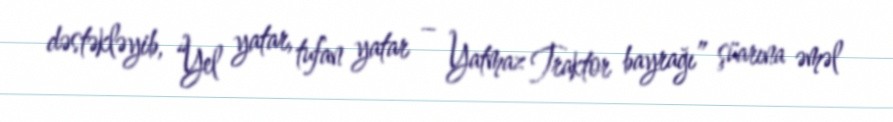
dəstəkləyib, “Yel yatar, tufan yatar – Yatmaz Traktor bayrağı” şüarına əməl